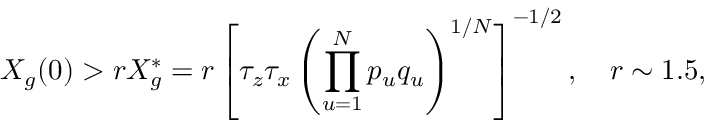
X _ { g } ( 0 ) > r X _ { g } ^ { * } = r \left[ \tau _ { z } \tau _ { x } \left( \prod _ { u = 1 } ^ { N } p _ { u } q _ { u } \right) ^ { 1 / N } \right] ^ { - 1 / 2 } , ~ ~ ~ r \sim 1 . 5 ,